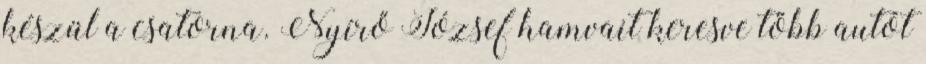
készül a csatorna. Nyírő József hamvait keresve több autót